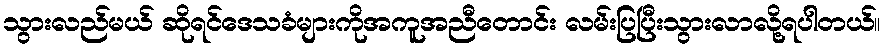
သွားလည်မယ် ဆိုရင်ဒေသခံများကိုအကူအညီတောင်း လမ်းပြပြီးသွားလာလို့ရပါတယ်။